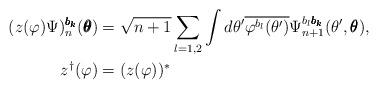
LaTeX: \begin{align*}(z(\varphi)\Psi)^{\pmb{b_k}}_n (\pmb{\theta}) &= \sqrt{n+1}\sum_{l=1,2} \int d\theta' \overline{\varphi^{b_l}(\theta')}\Psi^{b_l \pmb{b_k}}_{n+1}(\theta',\pmb{\theta}),\\z^\dagger(\varphi) &= (z(\varphi))^*\end{align*}